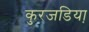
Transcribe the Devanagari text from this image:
कुरजडिया़